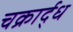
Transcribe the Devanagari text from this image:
चक्रार्द्ध